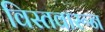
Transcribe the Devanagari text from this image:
विस्तवारून